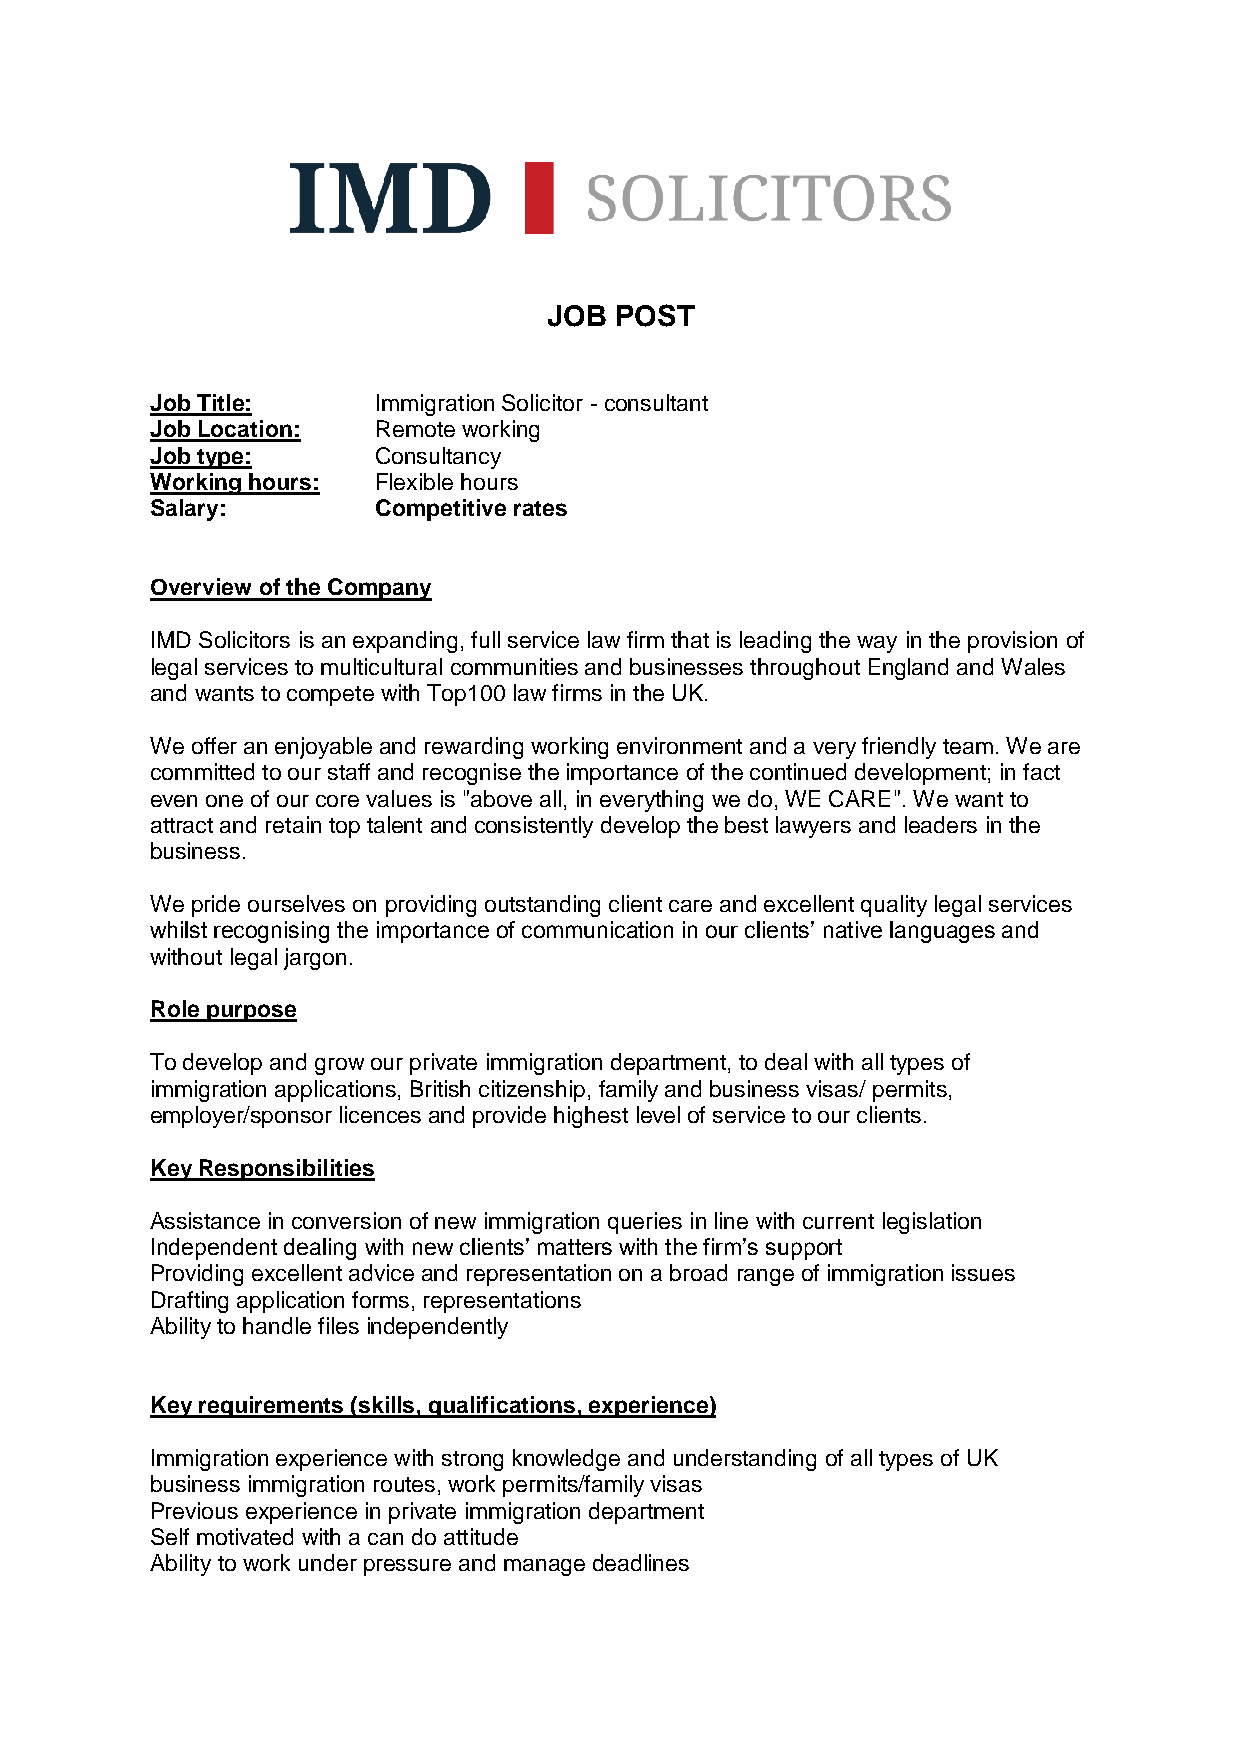
JOB  POST
 Job Title:     Immigration Solicitor - consultant
 Job Location:  Remote working
 Job type:      Consultancy
 Working hours: Flexible hours
 Salary:        Competitive rates
 Overview of the Company
 IMD Solicitors is an expanding, full service law firm that is leading the way in the provision of
 legal services to multicultural communities and businesses throughout England and Wales
 and wants to compete with Top100 law firms in the UK.
 We offer an enjoyable and rewarding working environment and a very friendly team. We are
 committed to our staff and recognise the importance of the continued development; in fact
 even one of our core values is "above all, in everything we do, WE CARE". We want to
 attract and retain top talent and consistently develop the best lawyers and leaders in the
 business.
 We pride ourselves on providing outstanding client care and excellent quality legal services
 whilst recognising the importance of communication in our clients’ native languages and
 without legal jargon.
 Role purpose
 To develop and grow our private immigration department, to deal with all types of
 immigration applications, British citizenship, family and business visas/ permits,
 employer/sponsor licences and provide highest level of service to our clients.
 Key Responsibilities
 Assistance in conversion of new immigration queries in line with current legislation
 Independent dealing with new clients’ matters with the firm’s support
 Providing excellent advice and representation on a broad range of immigration issues
 Drafting application forms, representations
 Ability to handle files independently
 Key requirements (skills, qualifications, experience)
 Immigration experience with strong knowledge and understanding of all types of UK
 business immigration routes, work permits/family visas
 Previous experience in private immigration department
 Self motivated with a can do attitude
 Ability to work under pressure and manage deadlines